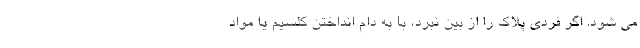
می شود. اگر فردی پلاک را از بین نبرد، با به دام انداختن کلسیم یا مواد